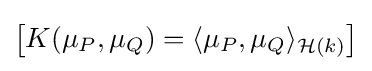
\left[K(\mu _{P},\mu _{Q})=\langle \mu _{P},\mu _{Q}\rangle _{{\mathcal {H}}(k)}\right]